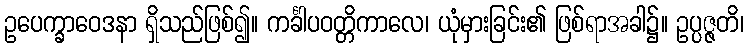
ဥပေက္ခာဝေဒနာ ရှိသည်ဖြစ်၍။ ကင်္ခါပဝတ္တိကာလေ၊ ယုံမှားခြင်း၏ ဖြစ်ရာအခါ၌။ ဥပ္ပဇ္ဇတိ၊